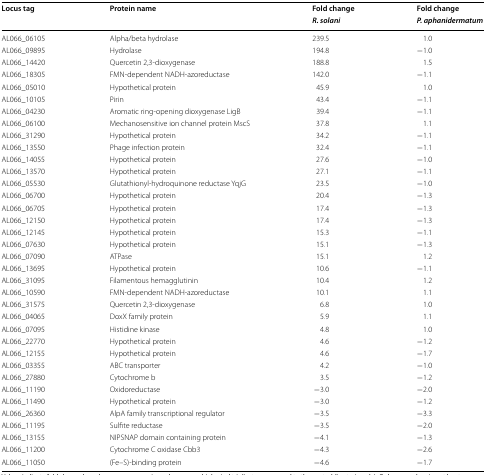
<table><thead><tr><td rowspan="2"><b>Locus tag</b></td><td rowspan="2"><b>Protein name</b></td><td><b>Fold change</b></td><td><b>Fold change</b></td></tr><tr><td><b><i>R. solani</i></b></td><td><b><i>P. aphanidermatum</i></b></td></tr></thead><tbody><tr><td>AL066_06105</td><td>Alpha/beta hydrolase</td><td>239.5</td><td>1.0</td></tr><tr><td>AL066_09895</td><td>Hydrolase</td><td>194.8</td><td>−1.0</td></tr><tr><td>AL066_14420</td><td>Quercetin 2,3-dioxygenase</td><td>188.8</td><td>1.5</td></tr><tr><td>AL066_18305</td><td>FMN-dependent NADH-azoreductase</td><td>142.0</td><td>−1.1</td></tr><tr><td>AL066_05010</td><td>Hypothetical protein</td><td>45.9</td><td>1.0</td></tr><tr><td>AL066_10105</td><td>Pirin</td><td>43.4</td><td>−1.1</td></tr><tr><td>AL066_04230</td><td>Aromatic ring-opening dioxygenase LigB</td><td>39.4</td><td>−1.1</td></tr><tr><td>AL066_06100</td><td>Mechanosensitive ion channel protein MscS</td><td>37.8</td><td>1.1</td></tr><tr><td>AL066_31290</td><td>Hypothetical protein</td><td>34.2</td><td>−1.1</td></tr><tr><td>AL066_13550</td><td>Phage infection protein</td><td>32.4</td><td>−1.1</td></tr><tr><td>AL066_14055</td><td>Hypothetical protein</td><td>27.6</td><td>−1.0</td></tr><tr><td>AL066_13570</td><td>Hypothetical protein</td><td>27.1</td><td>−1.1</td></tr><tr><td>AL066_05530</td><td>Glutathionyl-hydroquinone reductase YqjG</td><td>23.5</td><td>−1.0</td></tr><tr><td>AL066_06700</td><td>Hypothetical protein</td><td>20.4</td><td>−1.3</td></tr><tr><td>AL066_06705</td><td>Hypothetical protein</td><td>17.4</td><td>−1.3</td></tr><tr><td>AL066_12150</td><td>Hypothetical protein</td><td>17.4</td><td>−1.3</td></tr><tr><td>AL066_12145</td><td>Hypothetical protein</td><td>15.3</td><td>−1.1</td></tr><tr><td>AL066_07630</td><td>Hypothetical protein</td><td>15.1</td><td>−1.3</td></tr><tr><td>AL066_07090</td><td>ATPase</td><td>15.1</td><td>1.2</td></tr><tr><td>AL066_13695</td><td>Hypothetical protein</td><td>10.6</td><td>−1.1</td></tr><tr><td>AL066_31095</td><td>Filamentous hemagglutinin</td><td>10.4</td><td>1.2</td></tr><tr><td>AL066_10590</td><td>FMN-dependent NADH-azoreductase</td><td>10.1</td><td>1.1</td></tr><tr><td>AL066_31575</td><td>Quercetin 2,3-dioxygenase</td><td>6.8</td><td>1.0</td></tr><tr><td>AL066_04065</td><td>DoxX family protein</td><td>5.9</td><td>1.1</td></tr><tr><td>AL066_07095</td><td>Histidine kinase</td><td>4.8</td><td>1.0</td></tr><tr><td>AL066_22770</td><td>Hypothetical protein</td><td>4.6</td><td>−1.2</td></tr><tr><td>AL066_12155</td><td>Hypothetical protein</td><td>4.6</td><td>−1.7</td></tr><tr><td>AL066_03355</td><td>ABC transporter</td><td>4.2</td><td>−1.0</td></tr><tr><td>AL066_27880</td><td>Cytochrome b</td><td>3.5</td><td>−1.2</td></tr><tr><td>AL066_11190</td><td>Oxidoreductase</td><td>−3.0</td><td>−2.0</td></tr><tr><td>AL066_11490</td><td>Hypothetical protein</td><td>−3.0</td><td>−1.2</td></tr><tr><td>AL066_26360</td><td>AlpA family transcriptional regulator</td><td>−3.5</td><td>−3.3</td></tr><tr><td>AL066_11195</td><td>Sulfite reductase</td><td>−3.5</td><td>−2.0</td></tr><tr><td>AL066_13155</td><td>NIPSNAP domain containing protein</td><td>−4.1</td><td>−1.3</td></tr><tr><td>AL066_11200</td><td>Cytochrome C oxidase Cbb3</td><td>−4.3</td><td>−2.6</td></tr><tr><td>AL066_11050</td><td>(Fe–S)-binding protein</td><td>−4.6</td><td>−1.7</td></tr></tbody></table>